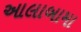
આલાબામા